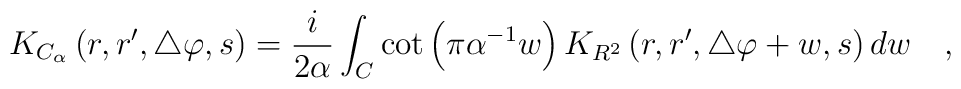
K_{C_{\alpha}}\left(r,r',\triangle\varphi,s\right)={i\over 2\alpha} \int_{C} \cot \left(\pi \alpha^{-1} w\right)K_{R^2}\left(r,r',\triangle\varphi +w,s\right) dw~~~,